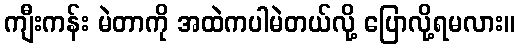
ကျီးကန်း မဲတာကို အထဲကပါမဲတယ်လို့ ပြောလို့ရမလား။